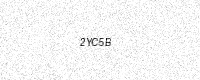
Text: 2YC5B